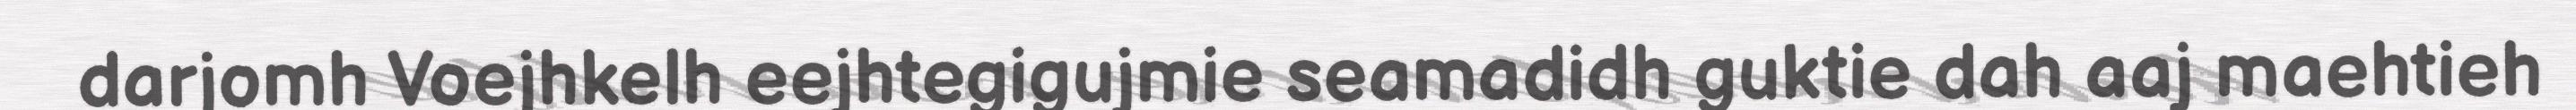
darjomh Voejhkelh eejhtegigujmie seamadidh guktie dah aaj maehtieh